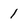
Character: 1